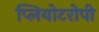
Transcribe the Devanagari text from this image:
प्लियोटरोपी